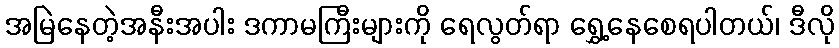
အမြဲနေတဲ့အနီးအပါး ဒကာမကြီးများကို ရေလွတ်ရာ ရွှေ့နေစေရပါတယ်၊ ဒီလို